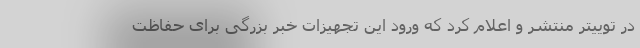
در توییتر منتشر و اعلام کرد که ورود این تجهیزات خبر بزرگی برای حفاظت